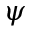
\psi